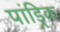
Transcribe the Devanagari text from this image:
पांड्रिक